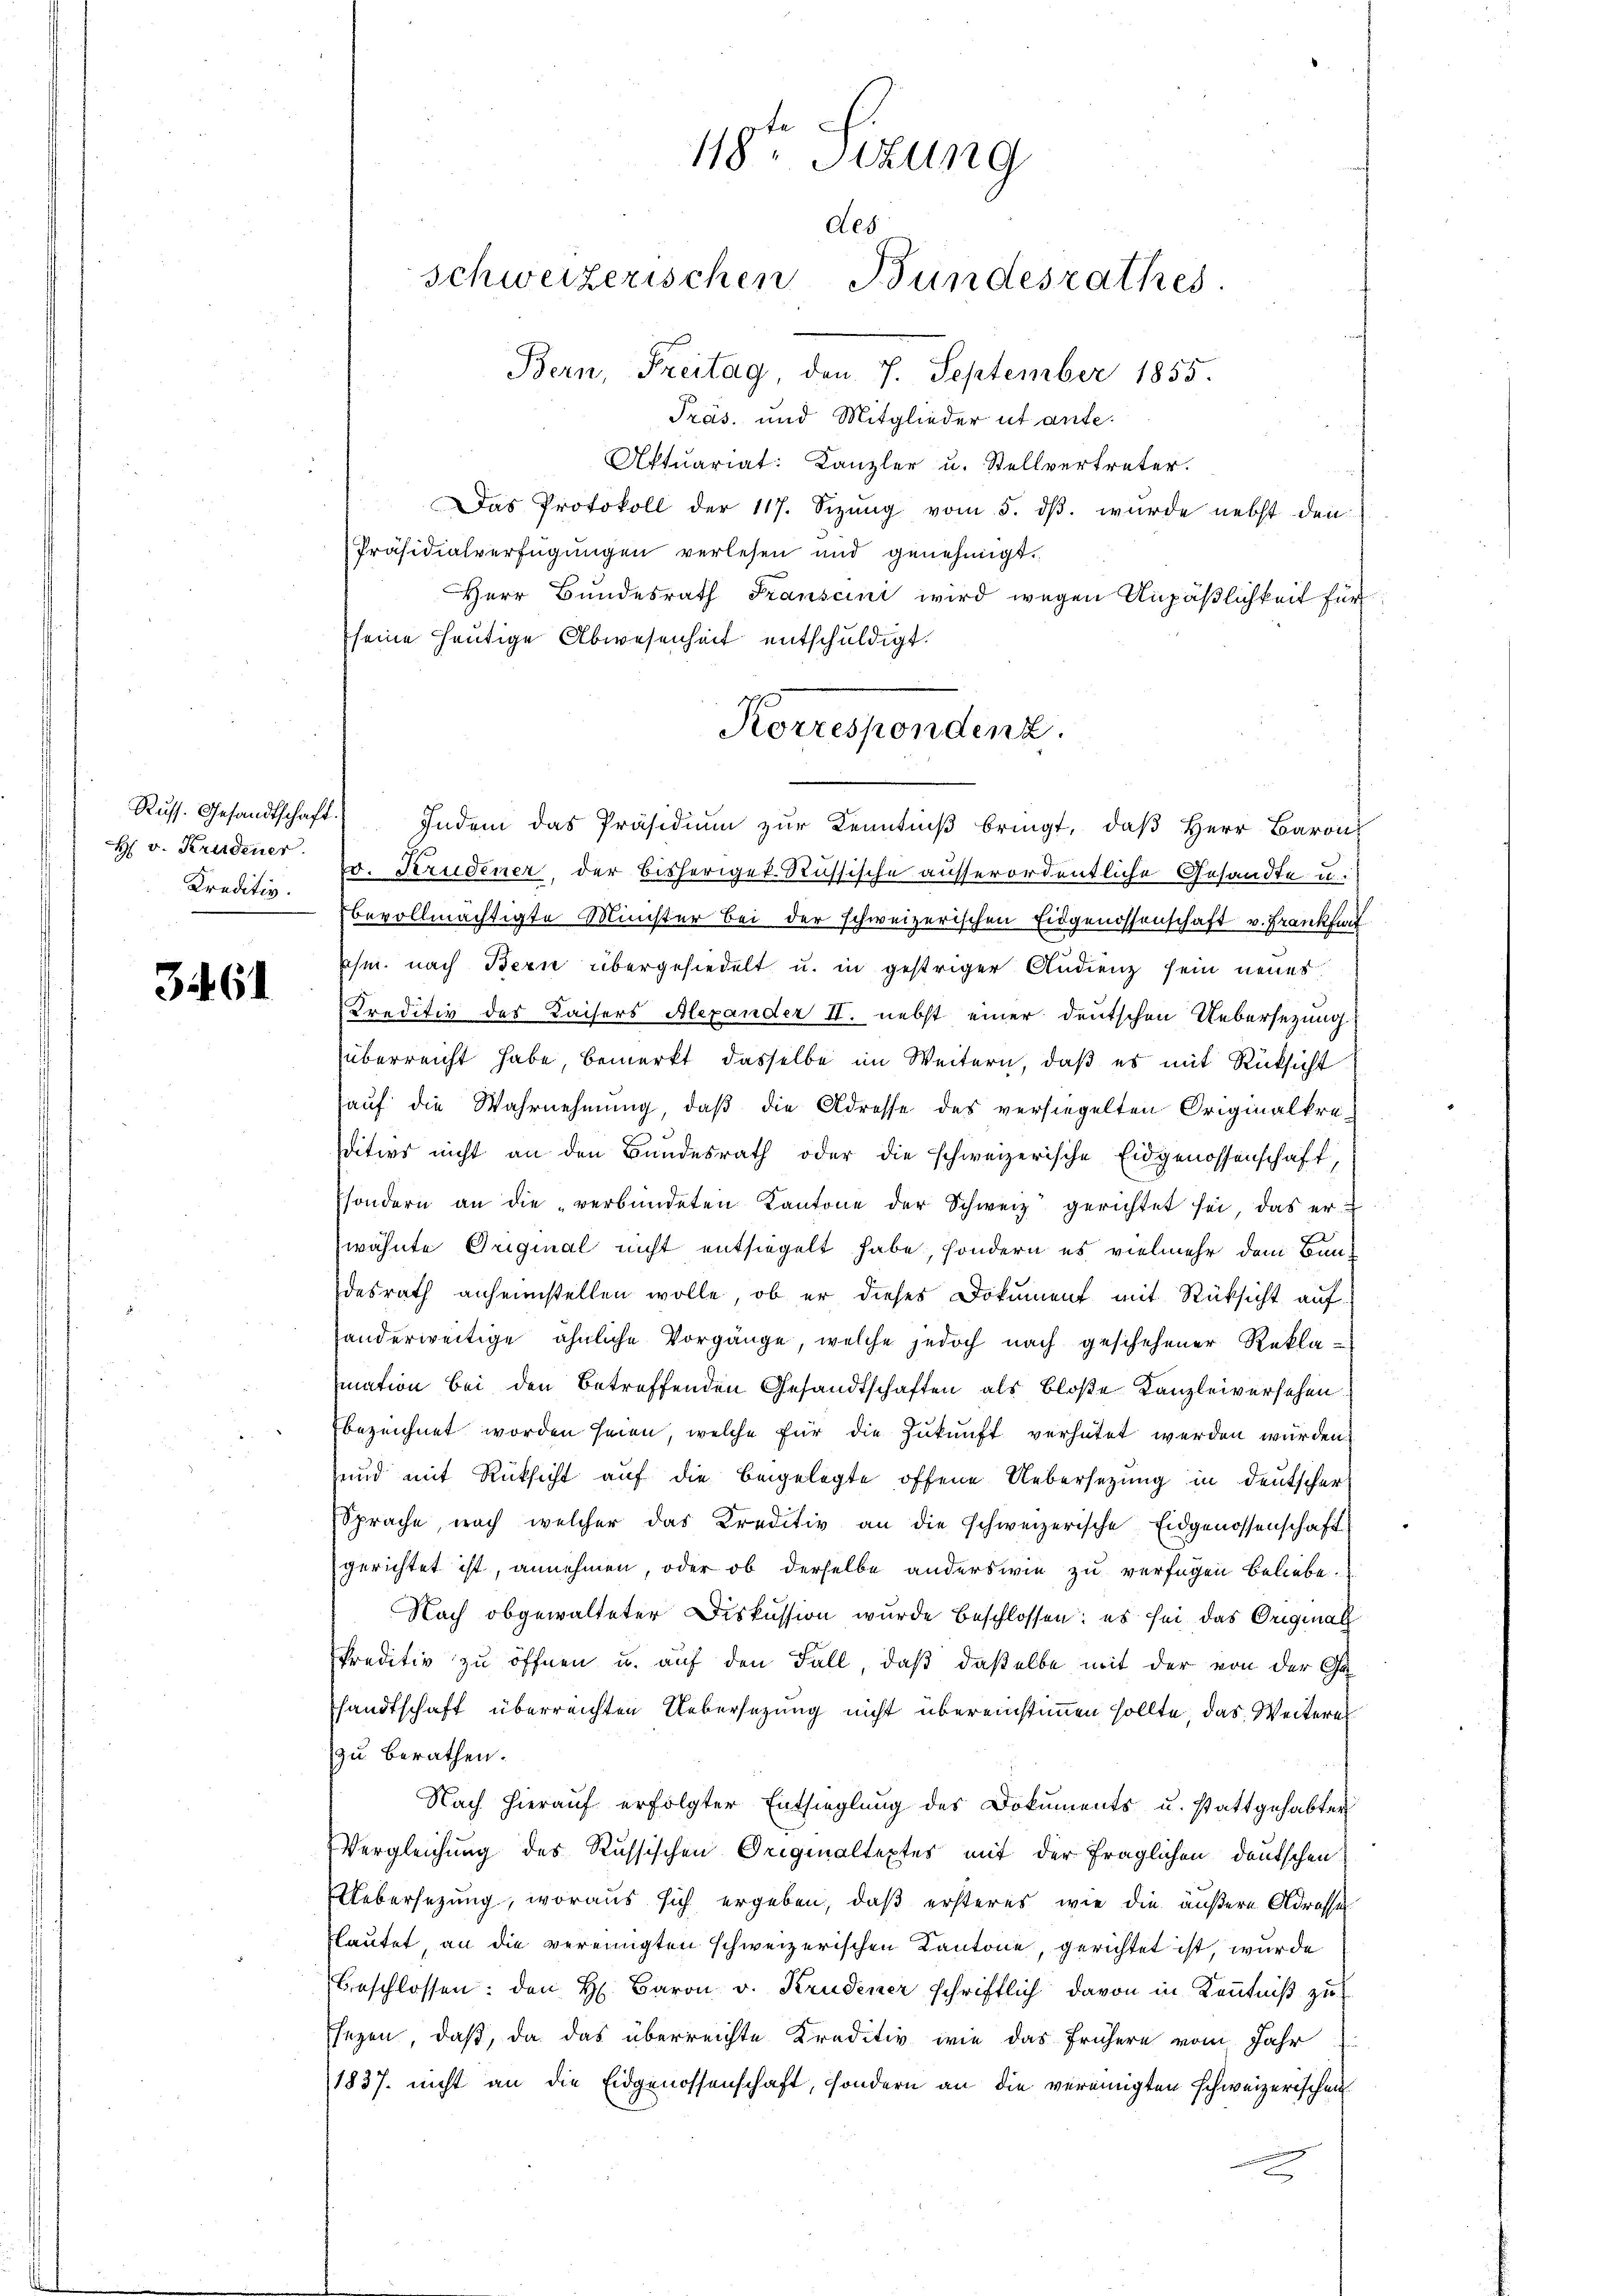
Russ. Gesandtschaft.
Kreditiv.

34. 61

Präs. und Mitglieder ut anfe¬
Aktuariat: Kanzler u. Stellvertreter.
Das Protokoll der 117. Sizŭng vom 5. dβ. wŭrde nebst den
Präsidialverfügŭngen verlesen und genehmigt.
Herr Bundesrath Transcini wird wegen Unpäßlichkeit für
seine heutige Abwesenheit entschuldigt.
H v. Krudener C. Krudener, der bisheriger Russische ausserordentliche Gesandte u.
bevollmächtigte Minister bei der schweizerischen Eidgenossenschaft v. Frankheit
ihm. nach Bern übergesiedelt u. in gestriger Audienz sein neues
Kreditiv des Kaisers Alexander II. nebst einer deutschen Uebersetzung
überreicht habe, bemerkt, dasselbe im Weitern, daß es mit Rücksicht
auf die Wahrnehmung, daß die Adresse des versiegelten Originalkreditivs nicht an den Bundesrath oder die schweizerische Eidgenossenschaft,
sondern an die „verbündeten Kantone der Schweiz gerichtet sei, das er-
wähnte Original nicht entsiegelt habe, sondern es vielmehr dem Bundesrath anheimstellen wolle, ob er dieses Dokument mit Rücksicht auf
handerweitige ähnliche Vorgänge, welche jedoch nach geschehener Rekla-
mation bei den betreffenden Gesandtschaften als bloße Kanzleiversehen
bezeichnet worden seien, welche für die Zŭkŭnft verhütet werden würden.
sund mit Rücksicht auf die beigelegte offene Uebersetzung in Deutscher
Sprache, nach welcher das Kreditiv an die schweizerische Eidgenossenschaft
gerichtet ist, annehmen, oder ob derselbe anderswie zu verfügen beliebe.
Nach obgewalteter Diskussion wurde beschlossen: es sei das Original
Preditiv zu öffnen u. auf den Fall, daß daßelbe mit der von der Gesandtschaft überreichten Uebersezung nicht übereinstimmen sollte, das Weitere
zu berathen.
Nach hieraŭf erfolgter Entsieglung des Dokuments u. stattgehabter
Vergleichung des Russischen Originaltextes mit der fraglichen deutschen
Uebersezung, woraus sich ergeben, daß ersteres, wie die äußere Adresse
lautet, an die vereinigten schweizerischen Kantone, gerichtet ist, wurde
beschlossen: den H. Baron v. Krudener schriftlich davon in Kenntniß zu
sezen, daß, da das überreichte Kreditiv wie das frühern vom Jahr
1837. nicht an die Eidgenossenschaft, sondern an die vereinigten schweizerischen

118ten Sizung
des
schweizerischen Bundesrathes.
Bern, Freitag, den 7. September 1855.

Korrespondenz.
Indem das Präsidium zur Kenntniß bringt, daβ Herr Baron